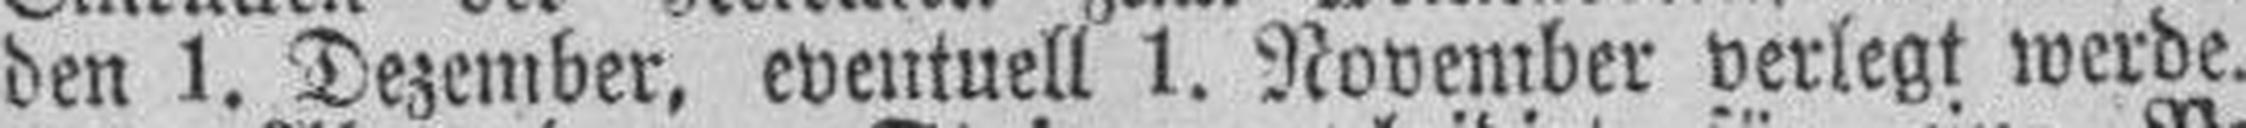
den 1. Dezember, eventuell 1. November verlegt werde.